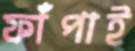
ফাঁপাই